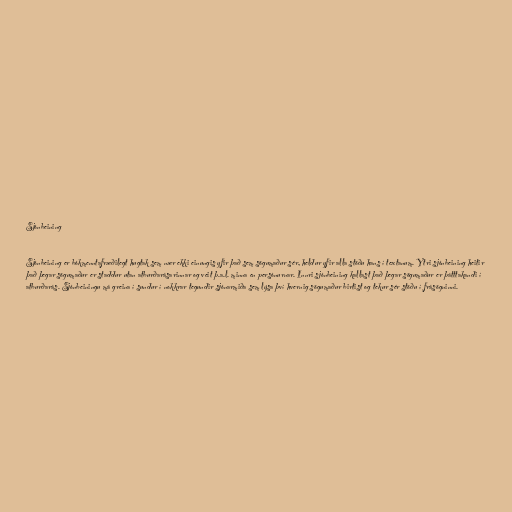
Sjónbeining

Sjónbeining er bókmenntafræðilegt hugtak sem nær ekki einungis yfir það sem sögumaður sér, heldur yfir alla stöðu hans í textanum. Ytri sjónbeining heitir
það þegar sögumaður er staddur utan atburðarásarinnar og veit þ.a.l. minna en persónurnar. Innri sjónbeining kallast það þegar sögumaður er þátttakandi í
atburðarás. Sjónbeiningu má greina í sundur í nokkrar tegundir sjónarmiða sem lýsa því hvernig sögumaður birtist og tekur sér stöðu í frásögninni.